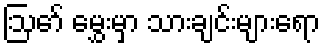
ဩော် မွှေးမှာ သားချင်းများရော